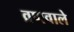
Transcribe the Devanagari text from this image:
व्रणवाले